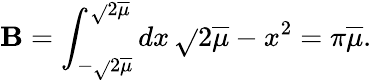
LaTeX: \mathbf{B}=\int_{-\sqrt{}{{2\overline{{{\mu}}}}}}^{\sqrt{}{{2\overline{{{\mu}}}}}}dx\, \sqrt{}{{2\overline{{{\mu}}}-x^{2}}}=\pi\overline{{{\mu}}}.